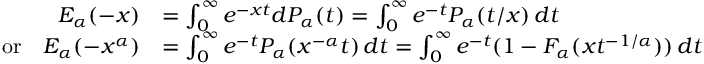
\begin{array} { r l } { E _ { \alpha } ( - x ) } & { = \int _ { 0 } ^ { \infty } e ^ { - x t } d P _ { \alpha } ( t ) = \int _ { 0 } ^ { \infty } e ^ { - t } P _ { \alpha } ( t / x ) \, d t } \\ { \mathrm { o r } \quad E _ { \alpha } ( - x ^ { \alpha } ) } & { = \int _ { 0 } ^ { \infty } e ^ { - t } P _ { \alpha } ( x ^ { - \alpha } t ) \, d t = \int _ { 0 } ^ { \infty } e ^ { - t } ( 1 - F _ { \alpha } ( x t ^ { - 1 / \alpha } ) ) \, d t } \end{array}